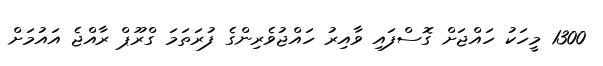
1300 މީހަކު ހައްޖަށް ގޮސްފައި ވާއިރު ހައްޖުވެރިންގެ ފުރަތަމަ ގްރޫޕް ރާއްޖެ އައުމަށް